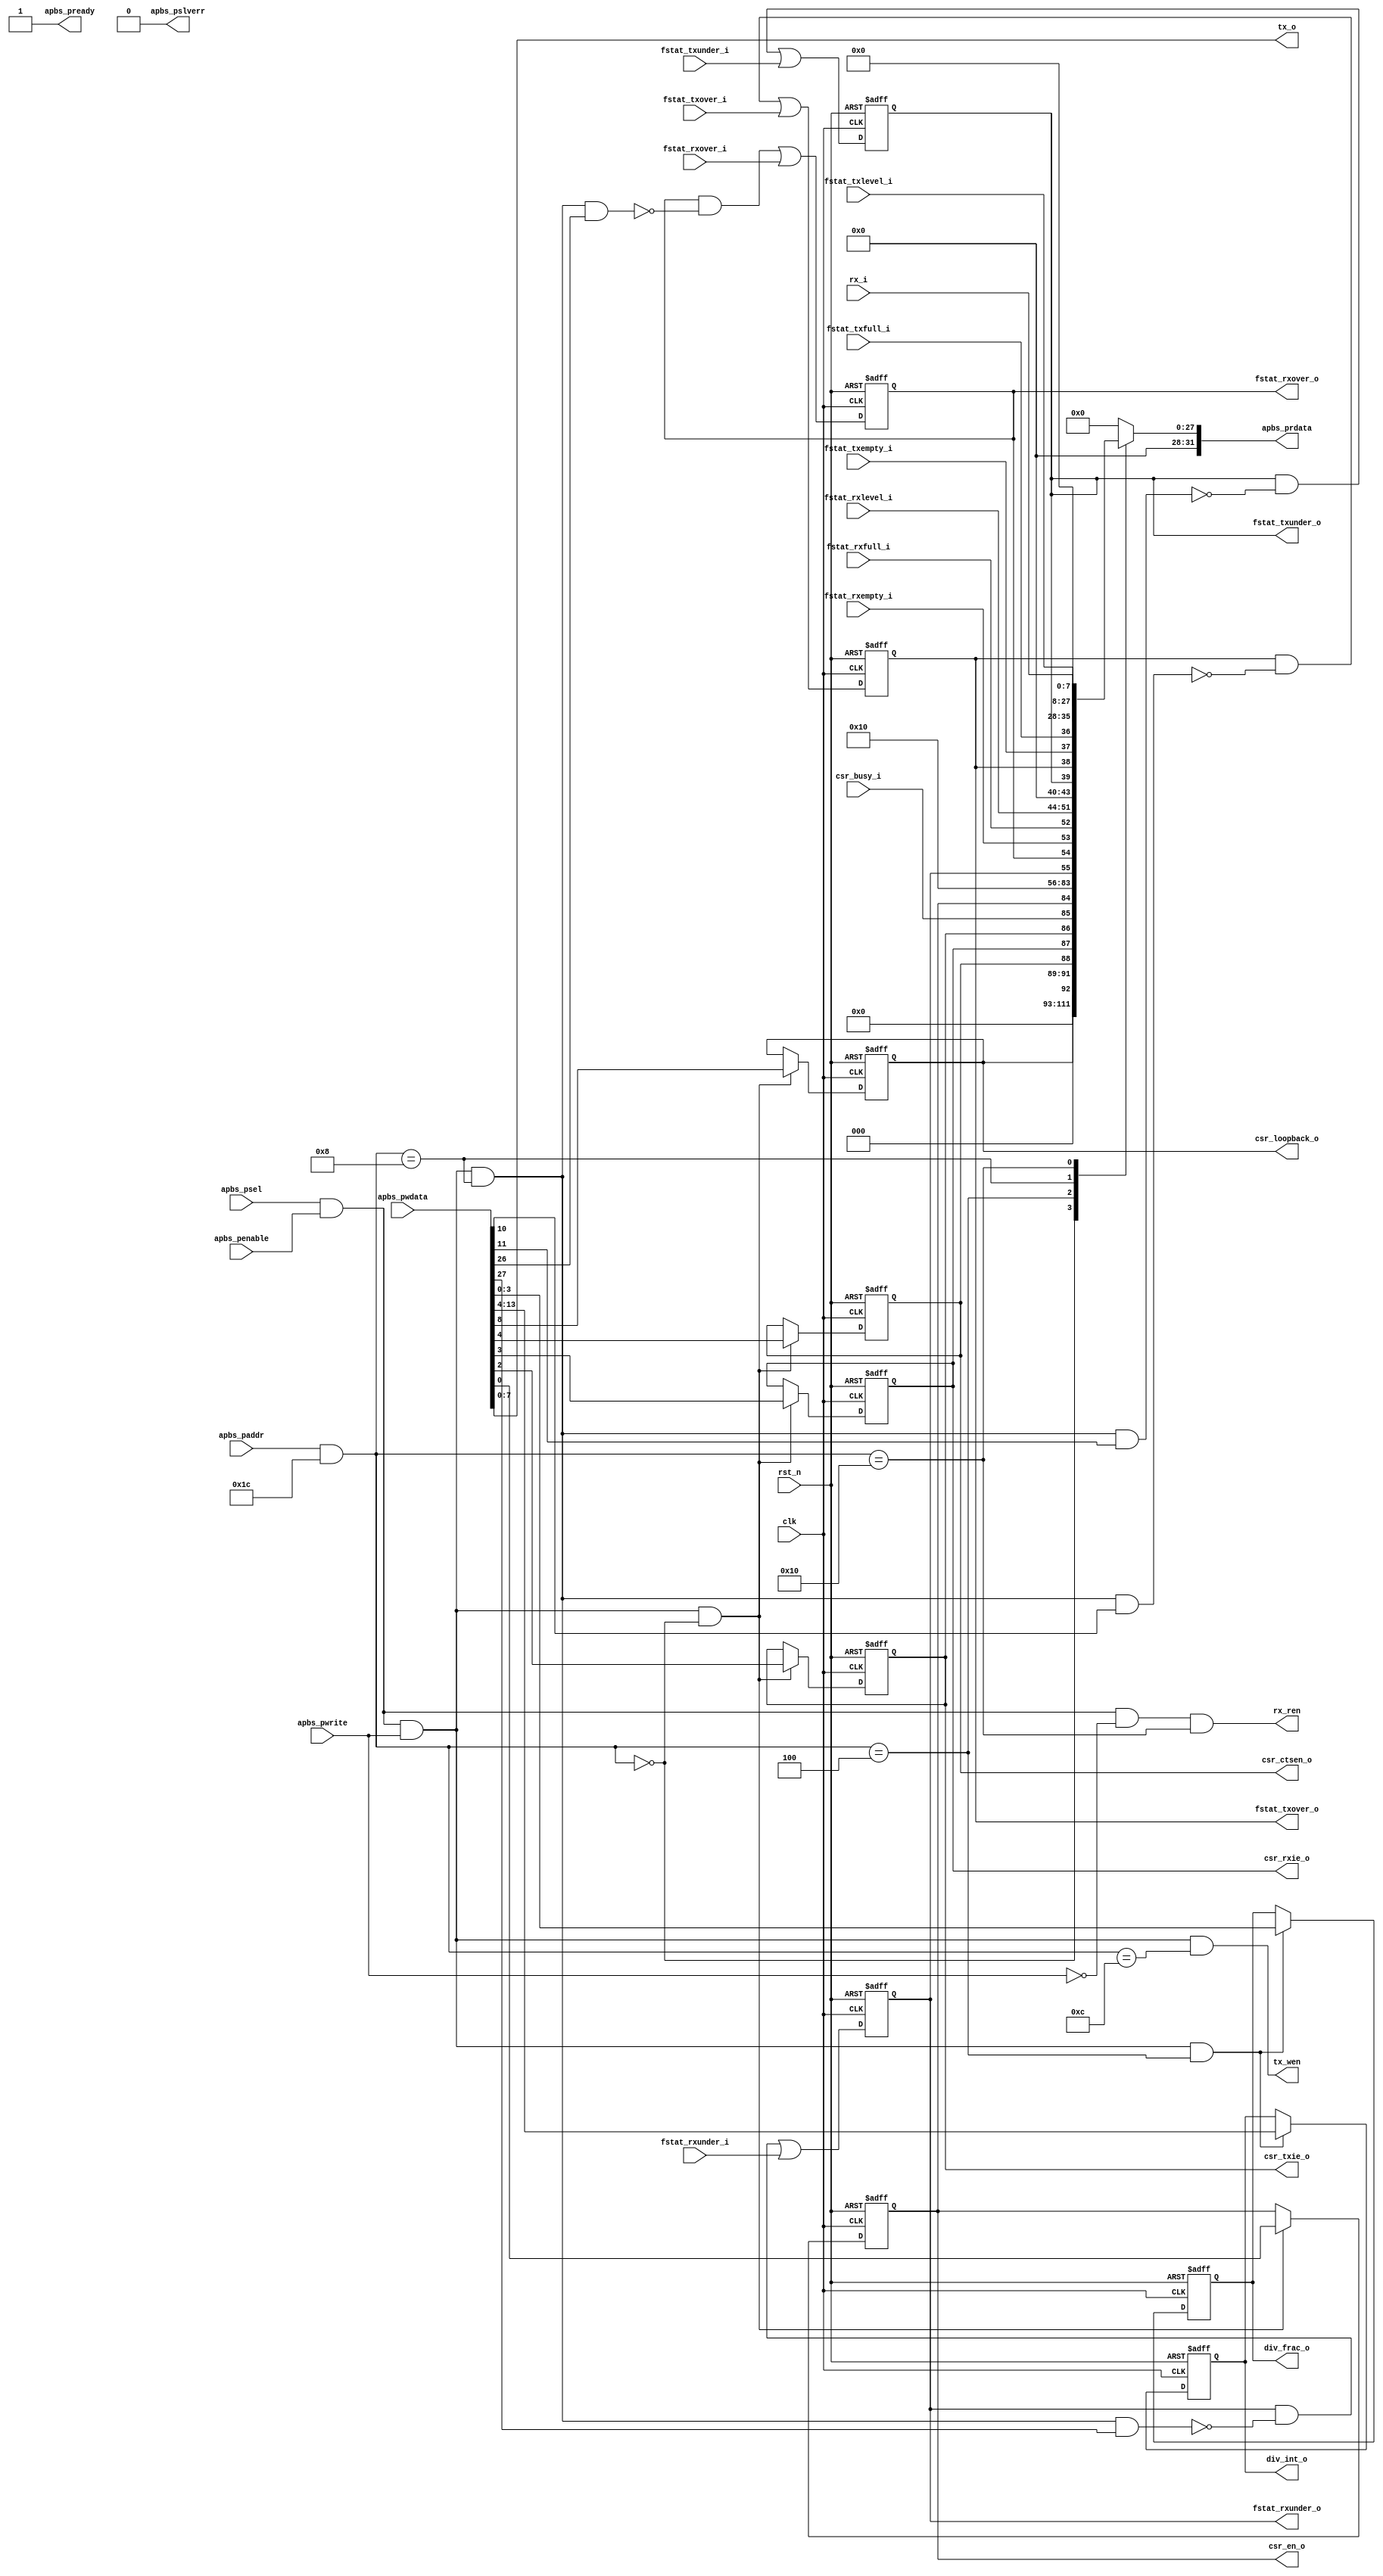
/*******************************************************************************
*                          AUTOGENERATED BY REGBLOCK                           *
*                            Do not edit manually.                             *
*          Edit the source file (or regblock utility) and regenerate.          *
*******************************************************************************/

// Block name           : uart
// Bus type             : apb
// Bus data width       : 32
// Bus address width    : 16

module uart_regs (
	input wire clk,
	input wire rst_n,
	
	// APB Port
	input wire apbs_psel,
	input wire apbs_penable,
	input wire apbs_pwrite,
	input wire [15:0] apbs_paddr,
	input wire [31:0] apbs_pwdata,
	output wire [31:0] apbs_prdata,
	output wire apbs_pready,
	output wire apbs_pslverr,
	
	// Register interfaces
	output reg  csr_en_o,
	input wire  csr_busy_i,
	output reg  csr_txie_o,
	output reg  csr_rxie_o,
	output reg  csr_ctsen_o,
	output reg  csr_loopback_o,
	output reg [9:0] div_int_o,
	output reg [3:0] div_frac_o,
	input wire [7:0] fstat_txlevel_i,
	input wire  fstat_txfull_i,
	input wire  fstat_txempty_i,
	input wire  fstat_txover_i,
	output reg  fstat_txover_o,
	input wire  fstat_txunder_i,
	output reg  fstat_txunder_o,
	input wire [7:0] fstat_rxlevel_i,
	input wire  fstat_rxfull_i,
	input wire  fstat_rxempty_i,
	input wire  fstat_rxover_i,
	output reg  fstat_rxover_o,
	input wire  fstat_rxunder_i,
	output reg  fstat_rxunder_o,
	output reg [7:0] tx_o,
	output reg tx_wen,
	input wire [7:0] rx_i,
	output reg rx_ren
);

// APB adapter
wire [31:0] wdata = apbs_pwdata;
reg [31:0] rdata;
wire wen = apbs_psel && apbs_penable && apbs_pwrite;
wire ren = apbs_psel && apbs_penable && !apbs_pwrite;
wire [15:0] addr = apbs_paddr & 16'h1c;
assign apbs_prdata = rdata;
assign apbs_pready = 1'b1;
assign apbs_pslverr = 1'b0;

localparam ADDR_CSR = 0;
localparam ADDR_DIV = 4;
localparam ADDR_FSTAT = 8;
localparam ADDR_TX = 12;
localparam ADDR_RX = 16;

wire __csr_wen = wen && addr == ADDR_CSR;
wire __csr_ren = ren && addr == ADDR_CSR;
wire __div_wen = wen && addr == ADDR_DIV;
wire __div_ren = ren && addr == ADDR_DIV;
wire __fstat_wen = wen && addr == ADDR_FSTAT;
wire __fstat_ren = ren && addr == ADDR_FSTAT;
wire __tx_wen = wen && addr == ADDR_TX;
wire __tx_ren = ren && addr == ADDR_TX;
wire __rx_wen = wen && addr == ADDR_RX;
wire __rx_ren = ren && addr == ADDR_RX;

wire  csr_en_wdata = wdata[0];
wire  csr_en_rdata;
wire  csr_busy_wdata = wdata[1];
wire  csr_busy_rdata;
wire  csr_txie_wdata = wdata[2];
wire  csr_txie_rdata;
wire  csr_rxie_wdata = wdata[3];
wire  csr_rxie_rdata;
wire  csr_ctsen_wdata = wdata[4];
wire  csr_ctsen_rdata;
wire  csr_loopback_wdata = wdata[8];
wire  csr_loopback_rdata;
wire [31:0] __csr_rdata = {23'h0, csr_loopback_rdata, 3'h0, csr_ctsen_rdata, csr_rxie_rdata, csr_txie_rdata, csr_busy_rdata, csr_en_rdata};
assign csr_en_rdata = csr_en_o;
assign csr_busy_rdata = csr_busy_i;
assign csr_txie_rdata = csr_txie_o;
assign csr_rxie_rdata = csr_rxie_o;
assign csr_ctsen_rdata = csr_ctsen_o;
assign csr_loopback_rdata = csr_loopback_o;

wire [9:0] div_int_wdata = wdata[13:4];
wire [9:0] div_int_rdata;
wire [3:0] div_frac_wdata = wdata[3:0];
wire [3:0] div_frac_rdata;
wire [31:0] __div_rdata = {18'h0, div_int_rdata, div_frac_rdata};
assign div_int_rdata = 10'h1;
assign div_frac_rdata = 4'h0;

wire [7:0] fstat_txlevel_wdata = wdata[7:0];
wire [7:0] fstat_txlevel_rdata;
wire  fstat_txfull_wdata = wdata[8];
wire  fstat_txfull_rdata;
wire  fstat_txempty_wdata = wdata[9];
wire  fstat_txempty_rdata;
wire  fstat_txover_wdata = wdata[10];
wire  fstat_txover_rdata;
wire  fstat_txunder_wdata = wdata[11];
wire  fstat_txunder_rdata;
wire [7:0] fstat_rxlevel_wdata = wdata[23:16];
wire [7:0] fstat_rxlevel_rdata;
wire  fstat_rxfull_wdata = wdata[24];
wire  fstat_rxfull_rdata;
wire  fstat_rxempty_wdata = wdata[25];
wire  fstat_rxempty_rdata;
wire  fstat_rxover_wdata = wdata[26];
wire  fstat_rxover_rdata;
wire  fstat_rxunder_wdata = wdata[27];
wire  fstat_rxunder_rdata;
wire [31:0] __fstat_rdata = {4'h0, fstat_rxunder_rdata, fstat_rxover_rdata, fstat_rxempty_rdata, fstat_rxfull_rdata, fstat_rxlevel_rdata, 4'h0, fstat_txunder_rdata, fstat_txover_rdata, fstat_txempty_rdata, fstat_txfull_rdata, fstat_txlevel_rdata};
assign fstat_txlevel_rdata = fstat_txlevel_i;
assign fstat_txfull_rdata = fstat_txfull_i;
assign fstat_txempty_rdata = fstat_txempty_i;
reg  fstat_txover;
assign fstat_txover_rdata = fstat_txover;
reg  fstat_txunder;
assign fstat_txunder_rdata = fstat_txunder;
assign fstat_rxlevel_rdata = fstat_rxlevel_i;
assign fstat_rxfull_rdata = fstat_rxfull_i;
assign fstat_rxempty_rdata = fstat_rxempty_i;
reg  fstat_rxover;
assign fstat_rxover_rdata = fstat_rxover;
reg  fstat_rxunder;
assign fstat_rxunder_rdata = fstat_rxunder;

wire [7:0] tx_wdata = wdata[7:0];
wire [7:0] tx_rdata;
wire [31:0] __tx_rdata = {24'h0, tx_rdata};
assign tx_rdata = 8'h0;

wire [7:0] rx_wdata = wdata[7:0];
wire [7:0] rx_rdata;
wire [31:0] __rx_rdata = {24'h0, rx_rdata};
assign rx_rdata = rx_i;

always @ (*) begin
	case (addr)
		ADDR_CSR: rdata = __csr_rdata;
		ADDR_DIV: rdata = __div_rdata;
		ADDR_FSTAT: rdata = __fstat_rdata;
		ADDR_TX: rdata = __tx_rdata;
		ADDR_RX: rdata = __rx_rdata;
		default: rdata = 32'h0;
	endcase
	fstat_txover_o = fstat_txover;
	fstat_txunder_o = fstat_txunder;
	fstat_rxover_o = fstat_rxover;
	fstat_rxunder_o = fstat_rxunder;
	tx_wen = __tx_wen;
	tx_o = tx_wdata;
	rx_ren = __rx_ren;
end

always @ (posedge clk or negedge rst_n) begin
	if (!rst_n) begin
		csr_en_o <= 1'h0;
		csr_txie_o <= 1'h0;
		csr_rxie_o <= 1'h0;
		csr_ctsen_o <= 1'h0;
		csr_loopback_o <= 1'h0;
		div_int_o <= 10'h1;
		div_frac_o <= 4'h0;
		fstat_txover <= 1'h0;
		fstat_txunder <= 1'h0;
		fstat_rxover <= 1'h0;
		fstat_rxunder <= 1'h0;
	end else begin
		if (__csr_wen)
			csr_en_o <= csr_en_wdata;
		if (__csr_wen)
			csr_txie_o <= csr_txie_wdata;
		if (__csr_wen)
			csr_rxie_o <= csr_rxie_wdata;
		if (__csr_wen)
			csr_ctsen_o <= csr_ctsen_wdata;
		if (__csr_wen)
			csr_loopback_o <= csr_loopback_wdata;
		if (__div_wen)
			div_int_o <= div_int_wdata;
		if (__div_wen)
			div_frac_o <= div_frac_wdata;
		fstat_txover <= (fstat_txover && !(__fstat_wen && fstat_txover_wdata)) || fstat_txover_i;
		fstat_txunder <= (fstat_txunder && !(__fstat_wen && fstat_txunder_wdata)) || fstat_txunder_i;
		fstat_rxover <= (fstat_rxover && !(__fstat_wen && fstat_rxover_wdata)) || fstat_rxover_i;
		fstat_rxunder <= (fstat_rxunder && !(__fstat_wen && fstat_rxunder_wdata)) || fstat_rxunder_i;
	end
end

endmodule